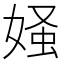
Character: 𪦄